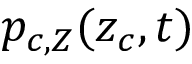
p _ { c , Z } ( z _ { c } , t )